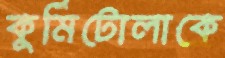
কুর্মিটোলাকে